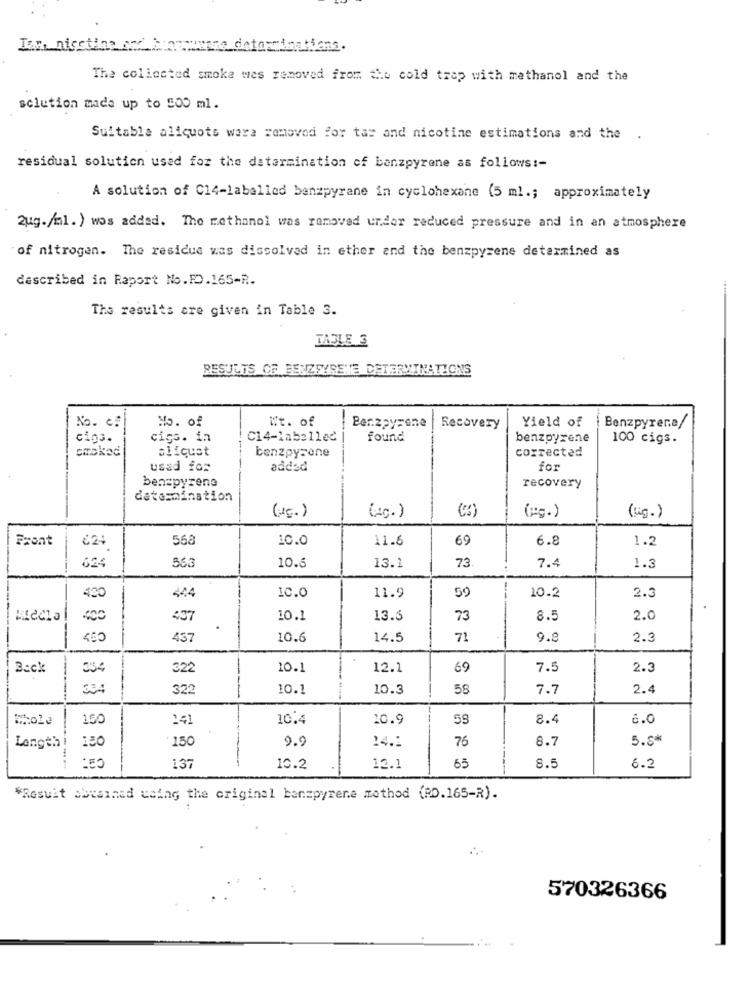
Is, niestine si
The collected smoke wes removed from the cold trap with methanol and the
solution made up to 500 ml.
Suitable aliquots were removed for tas and nicotine estimations and the
.
residual solution used for the datermination of banzpyrene as follows :-
A solution of C14-labelled benzpyrane in cyclohexane (5 ml .; approximately
zug./ml. ) wos added. The methanol was removed under reduced pressure and in an atmosphere
of nitrogen. The residue was dissolved in ether and the benzpyrene determined as
described in Raport No.FO.165-R.
The results are given in Table 3.
TASLE 3
RESULTS OF BENZFYRENE DETERMINATIONS
No. c:
No. of
it. of
Yield of
Benzpyrene
Recovery
Benzpyrena/
cigs.
cigs. in
C14-labelled
found
benzpyrene
100 cigs.
choked
aliqust
benzpyrene
corrected
usad for
added
for
-----
benzpyrene
recovery
determination
(Pg.)
(Lig.)
Front
568
10.0
11.6
69
6.8
1.2
624
73
7.4
624
555
10.6
13.1
1.3
59
420
444
10.0
11.9
10.2
2.3
437
10.1
13.3
73
8.5
2.0
.
400
457
10.6
14.5
71
9.8
2.3
Back
334
322
10.1
12.1
69
7.5
2.3
3 3
322
---
10.1
10.3
58
7.7
2.4
whole
150
24
10.4
10.9
8.4
6.0
150
150
9.9
14.1
76
8.7
5.5*
Length
137
10.2
13.1
65
8.5
6.2
"Result obrained using the original banzpyrene mothod (RD.165-R).
570326366